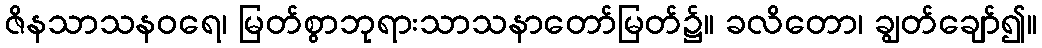
ဇိနသာသနဝရေ၊ မြတ်စွာဘုရားသာသနာတော်မြတ်၌။ ခလိတော၊ ချွတ်ချော်၍။